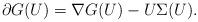
LaTeX: \begin{align*}\partial G(U)=\nabla G(U)-U\Sigma(U).\end{align*}